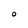
Character: O